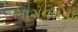
ભાગવતપદ